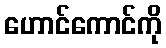
ဟောင်ကောင်ကို